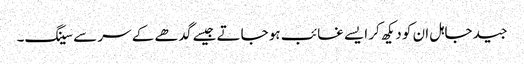
جید جاہل ان کو دیکھ کر ایسے غائب ہو جاتے جیسے گدھے کے سر سے سینگ۔